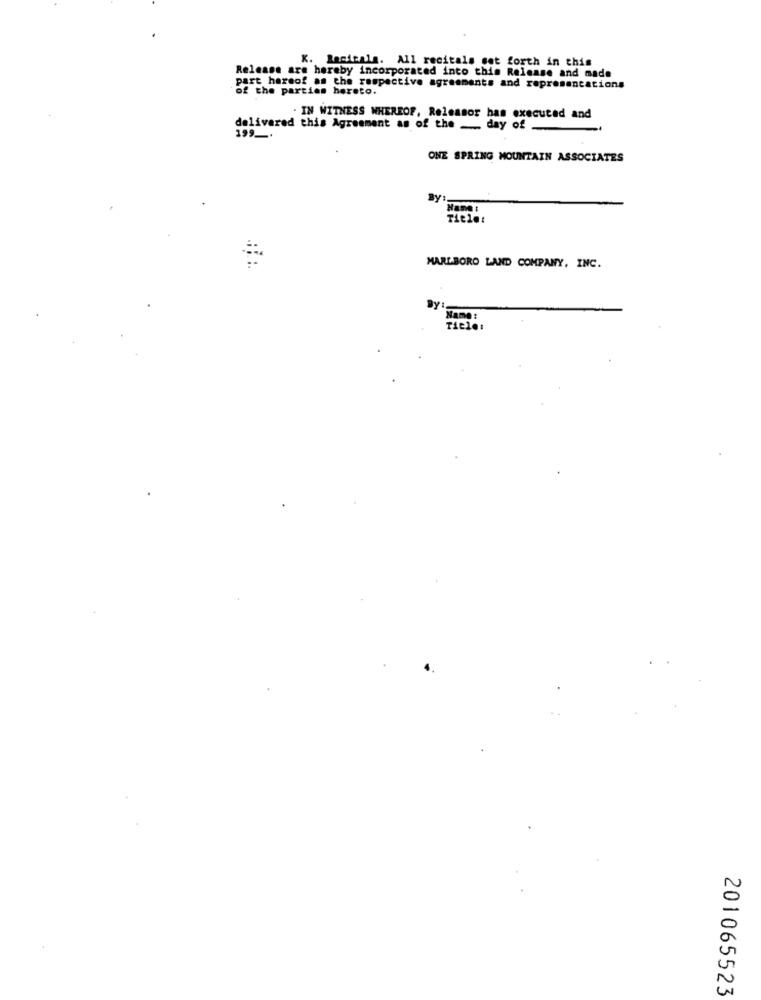
K. Racicala. All recitals set forth in this
Release are hereby incorporated into this Release and made
of the parties hereto.
part hereof as che respective agreements and representations
. IN WITNESS WHEREOF, Releasor has executed and
delivered this Agreement as of the _ day of
199 _.
ONE SPRING MOUNTAIN ASSOCIATES
Name :
Title:
MARLBORO LAND COMPANY, INC.
BY:
Name:
201065523